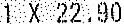
1 X 22.90